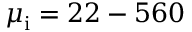
\mu _ { \mathrm { i } } = 2 2 - 5 6 0